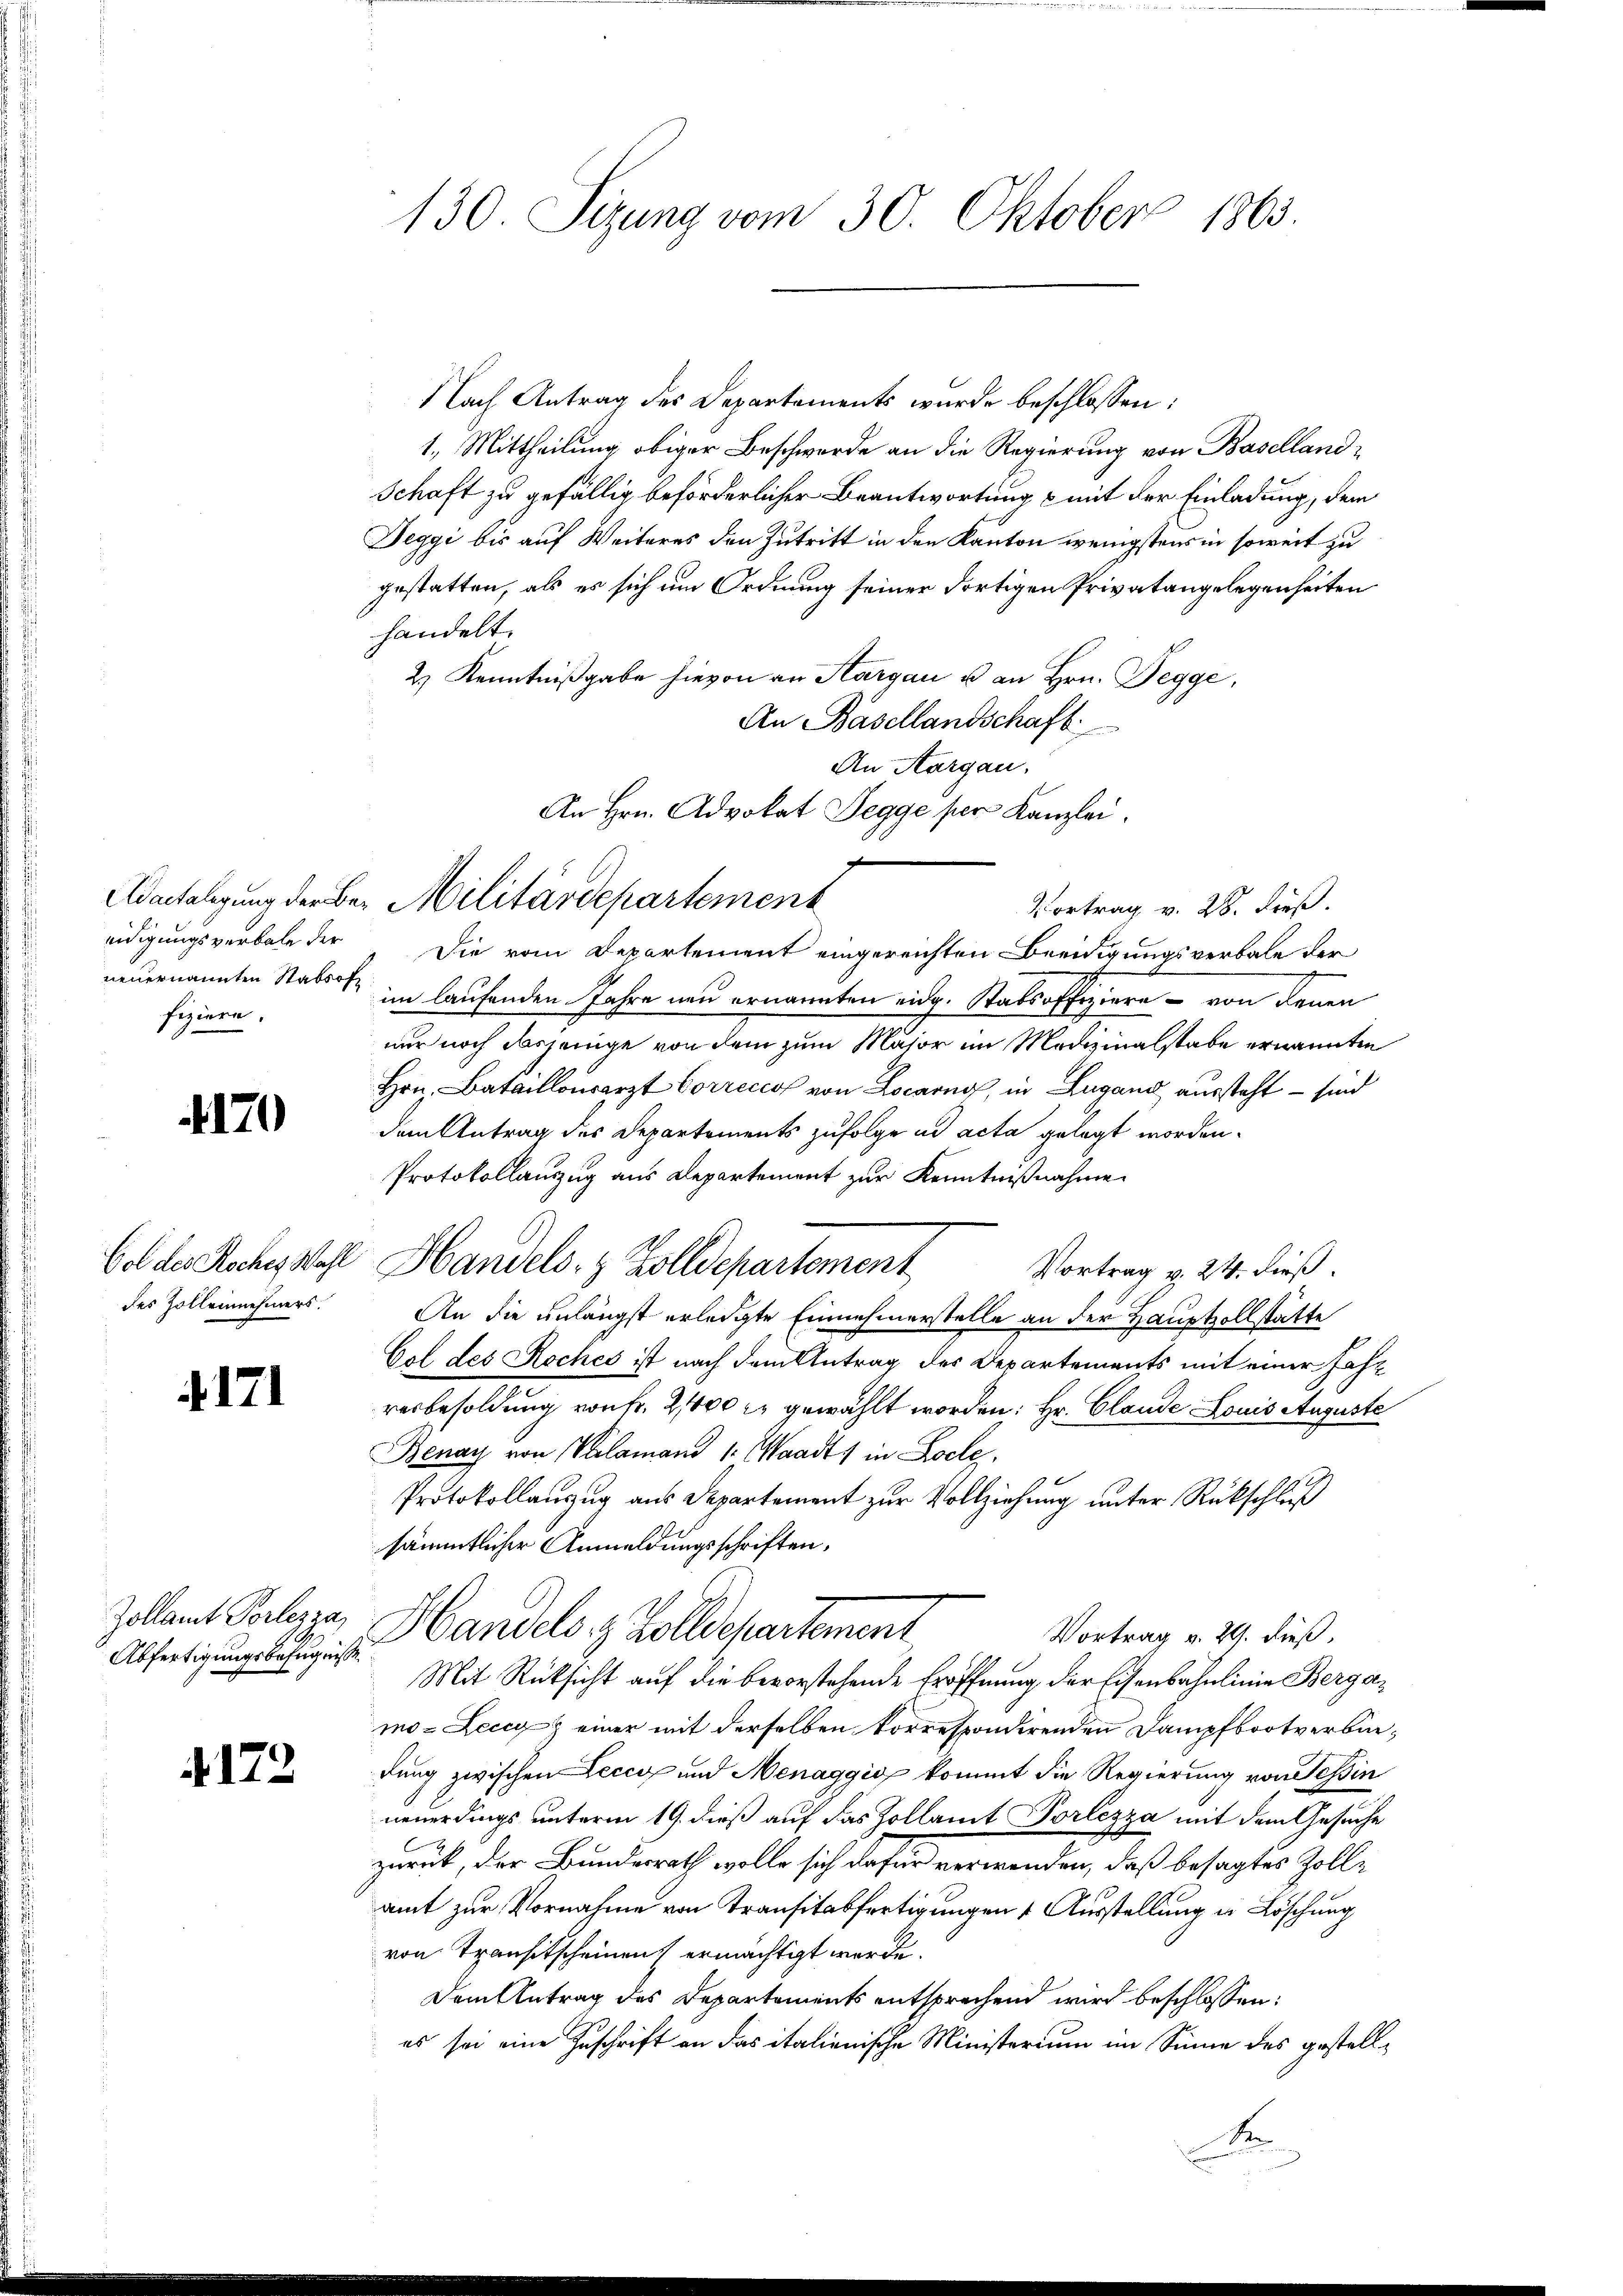
fiziere.

4170

171

Abfertigungsbefugnisse.

4172

Nach Antrag des Departements wurde beschlossen:
1. Mittheilung obiger Beschwerde an die Regierung von Baselland¬
Schaft zu gefällig beförderlicher Beantwortung & mit der Einladung, dem
Deggi bis auf Weiteres den Zutritt in den Kanton wenigstens in soweit zu
gestatten, als es sich um Ordnung seiner dortigen Privatangelegenheiten
handelt.
2.) Kenntnißgabe hievon an Sargau u. an Hrn. Pegge,
An Basellandschaft
An Aargau.
An Hrn. Advokat Segge per Kanzlei.
eidigungsverbale der Die vom Departement eingereichten Beeidigungsverbale der
neuernannten Stabsof im laufenden Jahre neu ernannten eidg. Stabsoffiziere - von denen
nur noch dasjenige von dem zum Major im Medizinalstabe ernannten
Hrn. Bataillonsarzt Correcco von Locarno, in Lugand aussteht – sind
dem Antrag des Departements zufolge in acta gelegt worden.
Protokollauszug aus Departement zur Kenntnißnahme
bol des Roche wohl Handels- & Zolldepartement
Vortrag v. 24. dieß.
des Zolleinnehmers. An die unlängst erledigte Einnehmerstelle an der Hauptvollstätte
Col des Roches ist nach dem Antrag des Departements mit einer Fahr
resbesoldung von Fr. 21000 l. gewählt worden: Hr. Claude Louis Auguste
Benay von Valamand 1. Waadt, in Loele
Protokollauszug aus Departement zur Vollziehung unter Rückschluß
sämmtlicher Anmeldungsschriften,
Zollant Polize Handels. z. Zolldepartement
Vortrag v. 29. dieß.
Mit Rücksicht auf die bevorstehende Eröffnung der Eisenbahnlinie Bergamo-Leccyk einer mit derselben korrespondirenden Dampfbootverbindung zwischen Lecco und Menaggio kommt die Regierung von Tessin
neuerdings unterm 19. dieß auf das Zollamt Porlezza mit dem Gesuche
zurück, der Bundesrath wolle sich dafür verwenden, daß besagtes Zolle
amt zur Vornahme von Transitabfertigungen & Ausstellung in Löschung
von Transitscheinen ermächtigt werde.
Dem Antrag des Departements entsprechend wird beschlossen:
es sei eine Zuschrift an das italienische Ministerium im Sinne des gestell¬
De

130. Sizung vom 30. Oktober 1863.

Adaitalgung der Be- Militärdepartement

J

Vortrag v. 28. dieß.